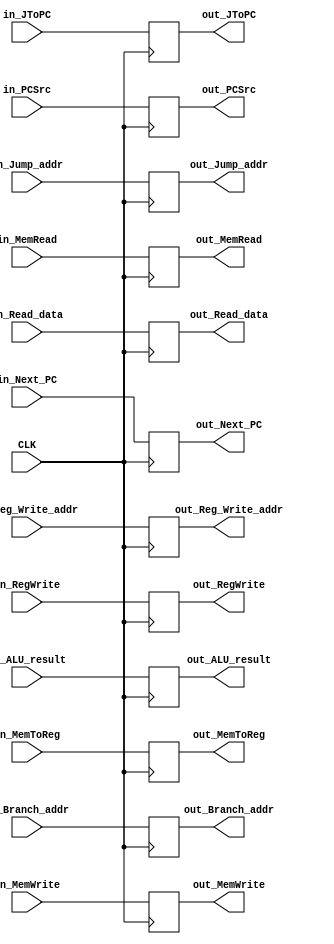
module EXtoMEM_Buffer(
  input CLK,
  input wire [31:0] in_ALU_result, in_Read_data,
  input wire [31:0] in_Next_PC, in_Branch_addr, in_Jump_addr,
  input wire [4:0] in_Reg_Write_addr,
  // contorl signal
  input wire in_MemWrite, in_MemRead, in_MemToReg,
  input wire in_PCSrc, in_JToPC,
  input wire in_RegWrite,
  // output
  output reg [31:0] out_ALU_result, out_Read_data,
  output reg [31:0] out_Next_PC, out_Branch_addr, out_Jump_addr,
  output reg [4:0] out_Reg_Write_addr,
  // contorl signal
  output reg out_MemWrite, out_MemRead, out_MemToReg,
  output reg out_PCSrc, out_JToPC,
  output reg out_RegWrite );

always @(posedge CLK)
begin
  out_ALU_result <= in_ALU_result;
  out_Read_data <= in_Read_data;
  out_Next_PC <= in_Next_PC;
  out_Branch_addr <= in_Branch_addr;
  out_Jump_addr <= in_Jump_addr;
  out_Reg_Write_addr <= in_Reg_Write_addr;

  out_MemWrite <= in_MemWrite;
  out_MemRead <= in_MemRead;
  out_MemToReg <= in_MemToReg;
  out_PCSrc <= in_PCSrc;
  out_JToPC <= in_JToPC;
  out_RegWrite <= in_RegWrite;
end

endmodule